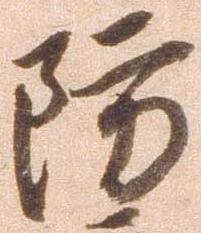
防